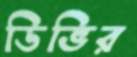
ডিভির